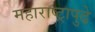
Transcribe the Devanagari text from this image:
महाराष्ट्रापुढे